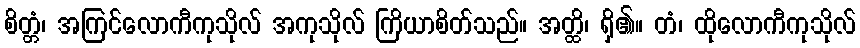
စိတ္တံ၊ အကြင်လောကီကုသိုလ် အကုသိုလ် ကြိယာစိတ်သည်။ အတ္ထိ၊ ရှိ၏။ တံ၊ ထိုလောကီကုသိုလ်